Scottish Certificate of Education, 1963
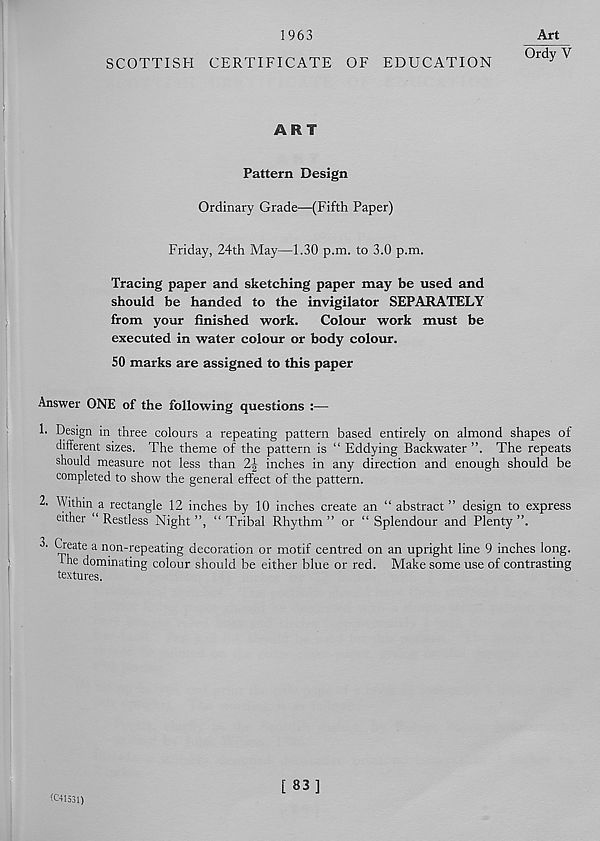
1963
Art
(My V
SCOTTISH CERTIFICATE OF EDUCATION
ART
Pattern Design
Ordinary Grade—(Fifth Paper)
Friday, 24th May—1.30 p.m. to 3.0 p.m.
Tracing paper and sketching paper may be used and
should be handed to the invigilator SEPARATELY
from your finished work. Colour work must be
executed in water colour or body colour.
50 marks are assigned to this paper
Answer ONE of the following questions :—
1. Design in three colours a repeating pattern based entirely on almond shapes of
different sizes. The theme of the pattern is “ Eddying Backwater ”. The repeats
should measure not less than 2-J inches in any direction and enough should be
completed to show the general effect of the pattern.
2. Within a rectangle 12 inches by 10 inches create an “ abstract ” design to express
either “Restless Night”, “Tribal Rhythm” or “Splendour and Plenty”.
a n . on - re P eatin g decoration or motif centred on an upright line 9 inches long,
the dominating colour should be either blue or red. Make some use of contrasting
textures.
(C41531)
[ 83]